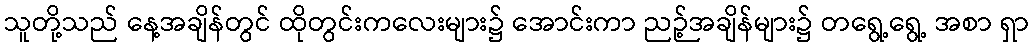
သူတို့သည် နေ့အချိန်တွင် ထိုတွင်းကလေးများ၌ အောင်းကာ ညဉ့်အချိန်များ၌ တရွေ့ရွေ့ အစာ ရှာ